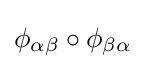
\phi _{\alpha \beta }\circ \phi _{\beta \alpha }